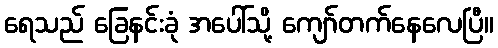
ရေသည် ခြေနင်းခုံ အပေါ်သို့ ကျော်တက်နေလေပြီ။